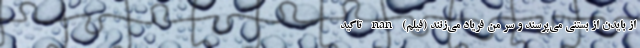
از بایدن از بستنی می‌پرسند و سر من فریاد می‌زنند (فیلم) nan تاکید